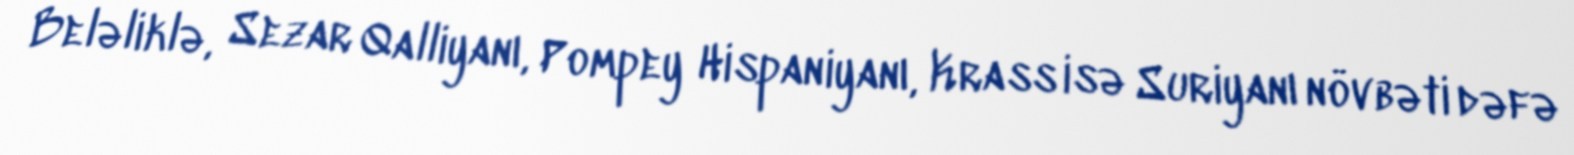
Beləliklə, Sezar Qalliyanı, Pompey Hispaniyanı, Krass isə Suriyanı növbəti dəfə